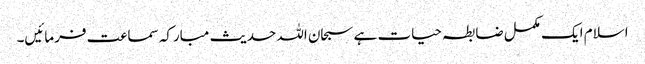
اسلام ایک مکمل ضابطہ حیات ہے سبحان اللہ حدیث مبارکہ سماعت فرمائیں۔